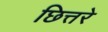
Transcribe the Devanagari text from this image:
छित्तरे